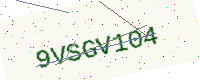
Text: 9VSGV104